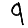
Digit: 9